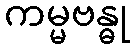
ကမ္မဗန္ဓု